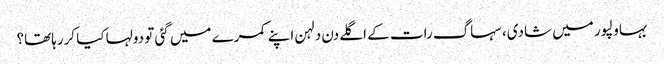
بہاولپور میں شادی، سہاگ رات کے اگلے دن دلہن اپنے کمرے میں گئی تو دولہا کیا کررہاتھا؟